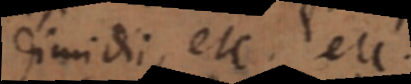
dimidii, etc. etc.